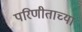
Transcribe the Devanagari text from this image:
परिणीताच्या